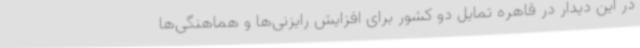
در این دیدار در قاهره تمایل دو کشور برای افزایش رایزنی‌ها و هماهنگی‌ها